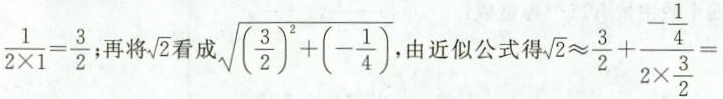
\frac { 1 } { 2 \times 1 } = \frac { 3 } { 2 }$$；再将\sqrt{2}看成\sqrt{\left(\frac{3}{2}\right)^{2}+\left(-\frac{1}{4}\right)}，贴近似公式得$$\sqrt { 2 } \approx \frac { 3 } { 2 } + \frac { - \frac { 1 } { 4 } } { 2 \times \frac { 3 } { 2 } } =